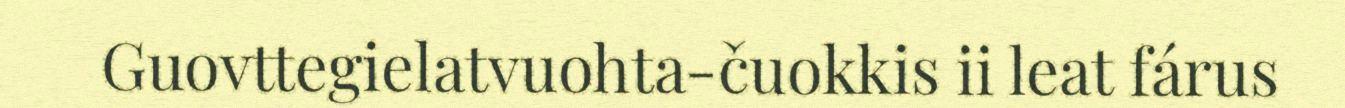
Guovttegielatvuohta-čuokkis ii leat fárus